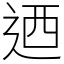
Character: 迺